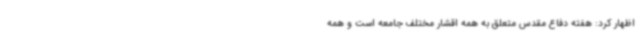
اظهار کرد: هفته دفاع مقدس متعلق به همه اقشار مختلف جامعه است و همه